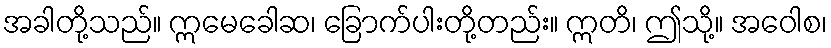
အခါတို့သည်။ ဣမေခေါဆ၊ ခြောက်ပါးတို့တည်း။ ဣတိ၊ ဤသို့။ အဝေါစ၊